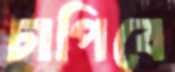
চাপিবে